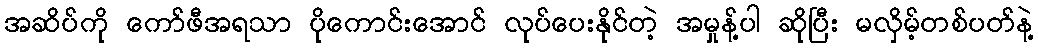
အဆိပ်ကို ကော်ဖီအရသာ ပိုကောင်းအောင် လုပ်ပေးနိုင်တဲ့ အမှုန့်ပါ ဆိုပြီး မလှိမ့်တစ်ပတ်နဲ့